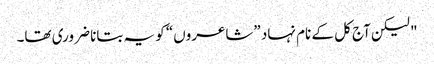
" لیکن آج کل کے نام نہاد ”شاعروں“ کو یہ بتانا ضروری تھا۔